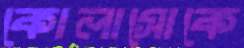
কোলাসোকে